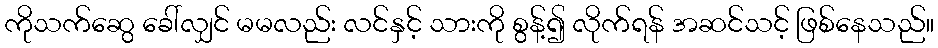
ကိုသက်ဆွေ ခေါ်လျှင် မမလည်း လင်နှင့် သားကို စွန့်၍ လိုက်ရန် အဆင်သင့် ဖြစ်နေသည်။